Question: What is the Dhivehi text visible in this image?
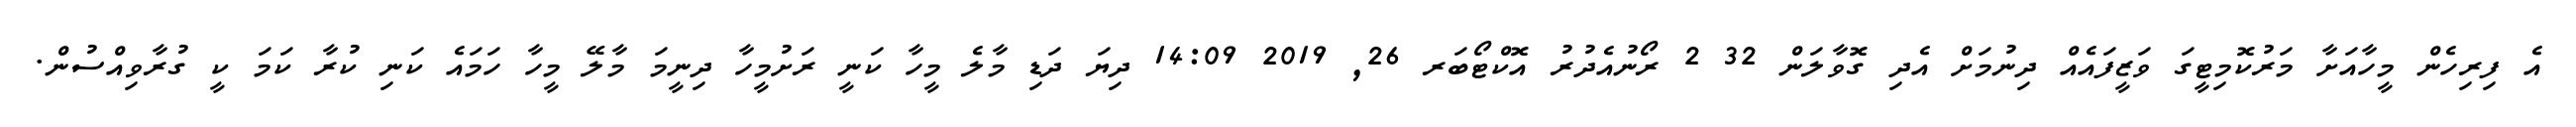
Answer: އެ ފިރިހެން މީހާއަށާ މަރުކޮމިޓީގަ ވަޒީފައެއް ދިނުމަށް އެދި ގޮވާލަން 32 2 ރޯނުއެދުރު އޮކްޓޯބަރ 26, 2019 14:09 ދިޔަ ދަޑި މާލެ މީހާ ކަނީ ރަށުމީހާ ދިނީމަ މާލޭ މީހާ ހަމައެ ކަނި ކުރާ ކަމަ ކީ ގުރާވިއްސުން.